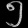
Digit: ၅